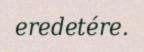
eredetére.